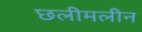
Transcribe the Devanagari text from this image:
छलीमलीन